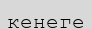
кенеге